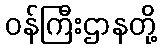
ဝန်ကြီးဌာနတို့